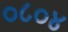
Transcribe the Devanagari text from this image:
०८०४